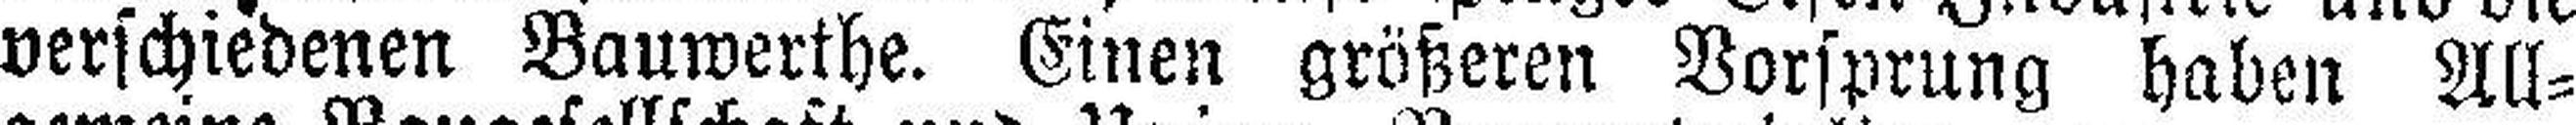
verschiedenen Bauwerthe. Einen größeren Vorsprung haben All¬